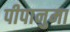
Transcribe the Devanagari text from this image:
पीपानुमा